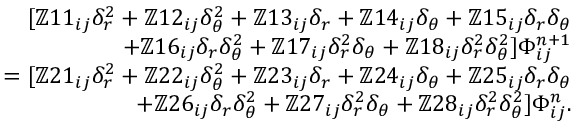
\begin{array} { r } { [ \mathbb { Z } 1 1 _ { i j } \delta _ { r } ^ { 2 } + \mathbb { Z } 1 2 _ { i j } \delta _ { \theta } ^ { 2 } + \mathbb { Z } 1 3 _ { i j } \delta _ { r } + \mathbb { Z } 1 4 _ { i j } \delta _ { \theta } + \mathbb { Z } 1 5 _ { i j } \delta _ { r } \delta _ { \theta } } \\ { + \mathbb { Z } 1 6 _ { i j } \delta _ { r } \delta _ { \theta } ^ { 2 } + \mathbb { Z } 1 7 _ { i j } \delta _ { r } ^ { 2 } \delta _ { \theta } + \mathbb { Z } 1 8 _ { i j } \delta _ { r } ^ { 2 } \delta _ { \theta } ^ { 2 } ] \Phi _ { i j } ^ { n + 1 } } \\ { = [ \mathbb { Z } 2 1 _ { i j } \delta _ { r } ^ { 2 } + \mathbb { Z } 2 2 _ { i j } \delta _ { \theta } ^ { 2 } + \mathbb { Z } 2 3 _ { i j } \delta _ { r } + \mathbb { Z } 2 4 _ { i j } \delta _ { \theta } + \mathbb { Z } 2 5 _ { i j } \delta _ { r } \delta _ { \theta } } \\ { + \mathbb { Z } 2 6 _ { i j } \delta _ { r } \delta _ { \theta } ^ { 2 } + \mathbb { Z } 2 7 _ { i j } \delta _ { r } ^ { 2 } \delta _ { \theta } + \mathbb { Z } 2 8 _ { i j } \delta _ { r } ^ { 2 } \delta _ { \theta } ^ { 2 } ] \Phi _ { i j } ^ { n } . } \end{array}